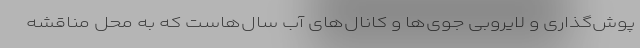
پوش‌گذاری و لایروبی جوی‌ها و کانال‌های آب سال‌هاست که به محل مناقشه